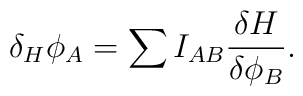
\delta_H\phi_A=\sum I_{AB}{{\delta H} \over {\delta\phi_B}}.